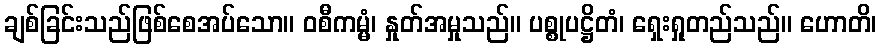
ချစ်ခြင်းသည်ဖြစ်စေအပ်သော။ ဝစီကမ္မံ၊ နှုတ်အမှုသည်။ ပစ္စုပဋ္ဌိတံ၊ ရှေးရှုတည်သည်။ ဟောတိ၊